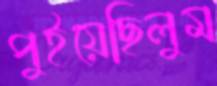
পুইয়েছিলুম